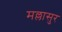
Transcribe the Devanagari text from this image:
मल्लासुर